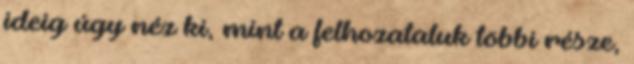
ideig úgy néz ki, mint a felhozataluk többi része,